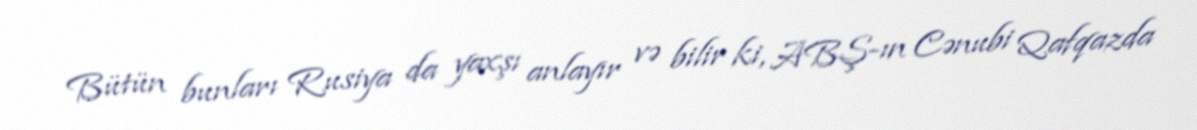
Bütün bunları Rusiya da yaxşı anlayır və bilir ki, ABŞ-ın Cənubi Qafqazda